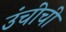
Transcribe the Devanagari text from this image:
उंचींची